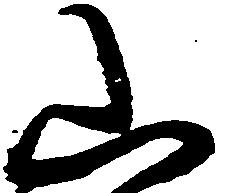
山